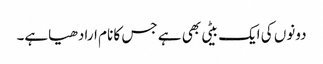
دونوں کی ایک بیٹی بھی ہے جس کا نام ارادھیاہے۔